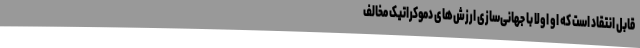
قابل انتقاد است که او اولاً با جهانی‌سازی ارزش‌های دموکراتیک مخالف